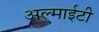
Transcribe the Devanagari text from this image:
अल्माईटी